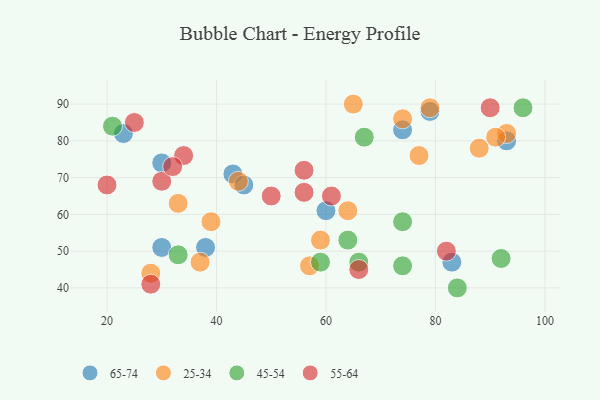
{"axis": {"x": "GDP", "y": "Life Expectancy"}, "legend": ["25-34", "45-54", "55-64", "65-74"], "data": [{"x": "79", "y": 88, "type": "65-74"}, {"x": "43", "y": 71, "type": "65-74"}, {"x": "74", "y": 83, "type": "65-74"}, {"x": "30", "y": 74, "type": "65-74"}, {"x": "60", "y": 61, "type": "65-74"}, {"x": "30", "y": 51, "type": "65-74"}, {"x": "38", "y": 51, "type": "65-74"}, {"x": "45", "y": 68, "type": "65-74"}, {"x": "83", "y": 47, "type": "65-74"}, {"x": "23", "y": 82, "type": "65-74"}, {"x": "93", "y": 80, "type": "65-74"}, {"x": "88", "y": 78, "type": "25-34"}, {"x": "74", "y": 86, "type": "25-34"}, {"x": "28", "y": 44, "type": "25-34"}, {"x": "37", "y": 47, "type": "25-34"}, {"x": "93", "y": 82, "type": "25-34"}, {"x": "33", "y": 63, "type": "25-34"}, {"x": "39", "y": 58, "type": "25-34"}, {"x": "77", "y": 76, "type": "25-34"}, {"x": "44", "y": 69, "type": "25-34"}, {"x": "65", "y": 90, "type": "25-34"}, {"x": "59", "y": 53, "type": "25-34"}, {"x": "79", "y": 89, "type": "25-34"}, {"x": "57", "y": 46, "type": "25-34"}, {"x": "64", "y": 61, "type": "25-34"}, {"x": "91", "y": 81, "type": "25-34"}, {"x": "67", "y": 81, "type": "45-54"}, {"x": "59", "y": 47, "type": "45-54"}, {"x": "74", "y": 58, "type": "45-54"}, {"x": "92", "y": 48, "type": "45-54"}, {"x": "74", "y": 46, "type": "45-54"}, {"x": "84", "y": 40, "type": "45-54"}, {"x": "64", "y": 53, "type": "45-54"}, {"x": "96", "y": 89, "type": "45-54"}, {"x": "66", "y": 47, "type": "45-54"}, {"x": "33", "y": 49, "type": "45-54"}, {"x": "21", "y": 84, "type": "45-54"}, {"x": "25", "y": 85, "type": "55-64"}, {"x": "50", "y": 65, "type": "55-64"}, {"x": "66", "y": 45, "type": "55-64"}, {"x": "30", "y": 69, "type": "55-64"}, {"x": "34", "y": 76, "type": "55-64"}, {"x": "90", "y": 89, "type": "55-64"}, {"x": "28", "y": 41, "type": "55-64"}, {"x": "32", "y": 73, "type": "55-64"}, {"x": "20", "y": 68, "type": "55-64"}, {"x": "56", "y": 66, "type": "55-64"}, {"x": "82", "y": 50, "type": "55-64"}, {"x": "61", "y": 65, "type": "55-64"}, {"x": "56", "y": 72, "type": "55-64"}]}